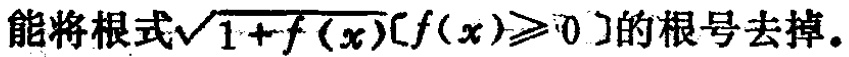
能将根式\(\sqrt{1 + f(x)}[f(x)\geqslant0]\)的根号去掉。